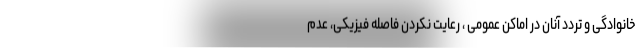
خانوادگی و تردد آنان در اماکن عمومی ، رعایت نکردن فاصله فیزیکی، عدم